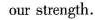
our strength.